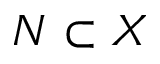
N \subset X